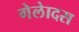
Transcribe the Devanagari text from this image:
गेलेादस